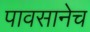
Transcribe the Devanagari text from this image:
पावसानेच